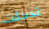
تدخلت